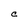
Character: C